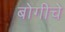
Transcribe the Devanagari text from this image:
बोगीचे